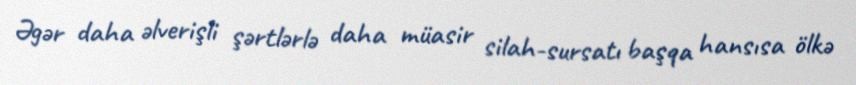
Əgər daha əlverişli şərtlərlə daha müasir silah-sursatı başqa hansısa ölkə